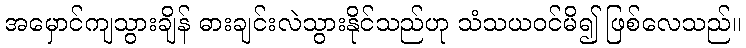
အမှောင်ကျသွားချိန် ဓားချင်းလဲသွားနိုင်သည်ဟု သံသယဝင်မိ၍ ဖြစ်လေသည်။